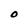
Character: O